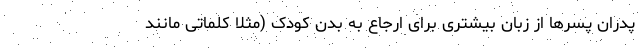
پدران پسرها از زبان بیشتری برای ارجاع به بدن کودک (مثلاً کلماتی مانند